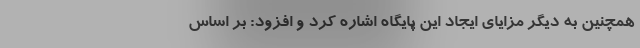
همچنین به دیگر مزایای ایجاد این پایگاه اشاره کرد و افزود: بر اساس